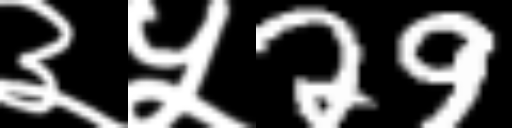
Text: ३५29